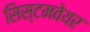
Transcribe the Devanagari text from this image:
सिस्टमवेयर